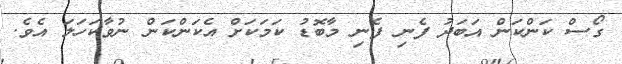
ގޯސް ކަންކަން އަބަދު ފެނި ފެނި މާބޮޑު ކަމަކަށް އެކަންކަން ނުވާކަހަލަ އެވެ.